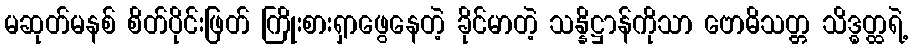
မဆုတ်မနစ် စိတ်ပိုင်းဖြတ် ကြိုးစားရှာဖွေနေတဲ့ ခိုင်မာတဲ့ သန္နိဋ္ဌာန်ကိုသာ ဗောဓိသတ္တ သိဒ္ဓတ္ထရဲ့